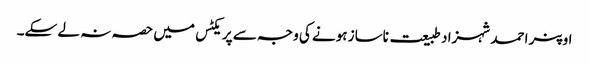
اوپنر احمد شہزاد طبیعت ناساز ہونے کی وجہ سے پریکٹس میں حصہ نہ لے سکے۔